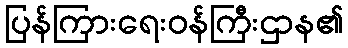
ပြန်ကြားရေးဝန်ကြီးဌာန၏